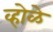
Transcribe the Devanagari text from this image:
व्होळे